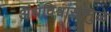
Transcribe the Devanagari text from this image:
अंधविश्वासामुळे